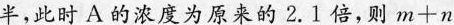
半，此时A的浓度为原来的2.1倍，则$$m + n